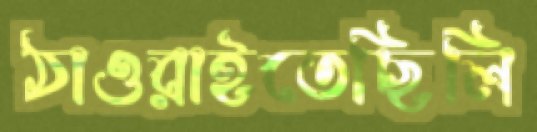
ঠাওরাইতেছিলি